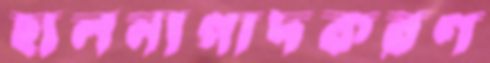
হালনাগাদকরণ